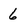
Character: 6